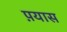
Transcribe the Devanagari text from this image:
प़यास